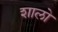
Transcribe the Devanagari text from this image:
शालो